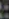
: